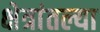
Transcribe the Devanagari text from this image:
क्षेत्रांतल्या